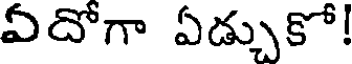
ఏదోగా ఏడ్చుకో!